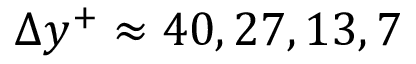
\Delta y ^ { + } \approx 4 0 , 2 7 , 1 3 , 7